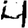
Digit: 4